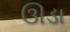
ઊડા